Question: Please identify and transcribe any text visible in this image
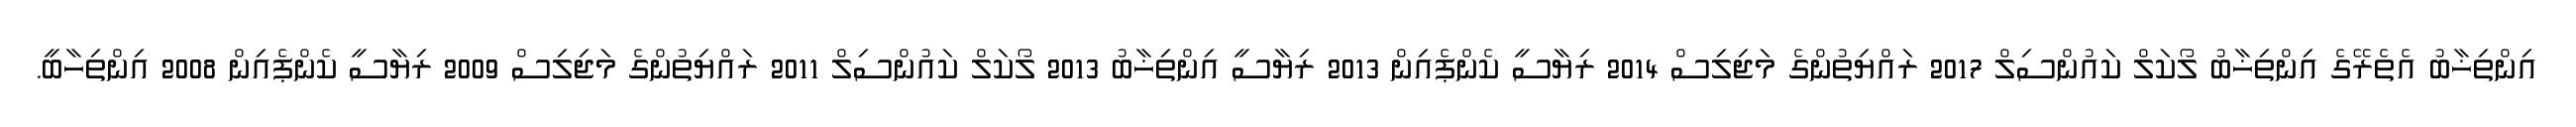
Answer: އިންތިޚާބު އެތެރޭގެ އިންތިޚާބު ލޯކަލް ކައުންސިލް 2017 ރައްޔިތުންގެ މަޖިލިސް 2014 ރިޔާސީ ކެންޕެއިން 2013 ރިޔާސީ އިންތިޚާބު 2013 ލޯކަލް ކައުންސިލް 2011 ރައްޔިތުންގެ މަޖިލިސް 2009 ރިޔާސީ ކެންޕެއިން 2008 އިންތިހާބީ.